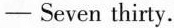
- Seven thirty.